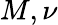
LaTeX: M,\nu